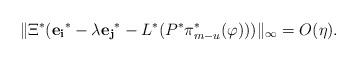
LaTeX: \begin{align*}\Vert \Xi^*(\mathbf{e_i}^* - \lambda\mathbf{e_j}^* - L^*(P^* \pi_{m-u}^*(\varphi)))\Vert_\infty = O(\eta).\end{align*}